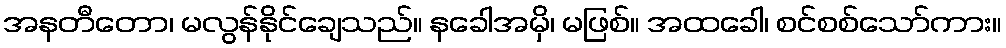
အနတီတော၊ မလွန်နိုင်ချေသည်။ နခေါအမှိ၊ မဖြစ်။ အထခေါ၊ စင်စစ်သော်ကား။